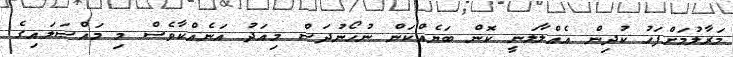
މަރާލުމަށްފަހު ކުދިން އެއްލާލަނީ ކޮން ބަޔެއްކަން ނުހޯނުދަސް މިއަދު އަނެއްކާވެސް މި މައްސަލައިގެ